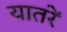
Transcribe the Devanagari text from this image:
यातरें